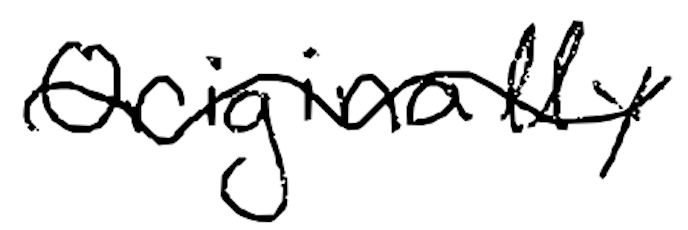
Text: Originally
Cross-out: wave
Writing tool: digital_black